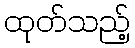
ထုတ်သည့်